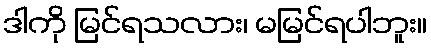
ဒါကို မြင်ရသလား၊ မမြင်ရပါဘူး။